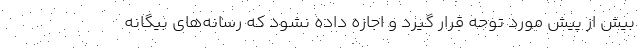
بیش از پیش مورد توحه قرار گیرد و اجازه داده نشود که رسانه‌های بیگانه